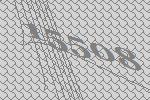
15508